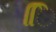
િિ